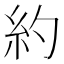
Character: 約